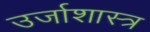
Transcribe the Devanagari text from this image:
उर्जाशास्त्र